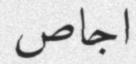
اجاص